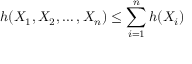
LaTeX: h ( X _ { 1 } , X _ { 2 } , \ldots , X _ { n } ) \leq \sum _ { i = 1 } ^ { n } h ( X _ { i } )